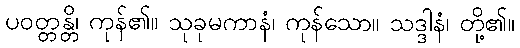
ပဝတ္တန္တိ၊ ကုန်၏။ သုခုမကာနံ၊ ကုန်သော။ သဒ္ဒါနံ၊ တို့၏။